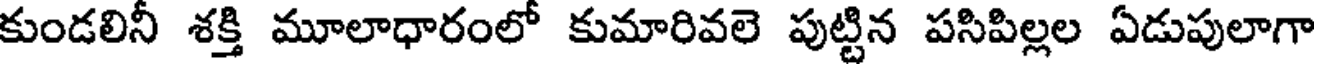
కుండలినీ శక్తి మూలాధారంలో కుమారివలె పుట్టిన పసిపిల్లల ఏడుపులాగా